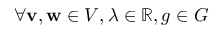
\forall \mathbf { v } , \mathbf { w } \in V , \lambda \in \mathbb { R } , g \in G